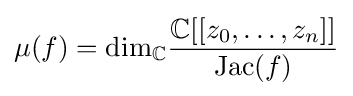
\mu (f)={\text{dim}}_{\mathbb {C} }{\frac {\mathbb {C} [[z_{0},\ldots ,z_{n}]]}{\operatorname {Jac} (f)}}